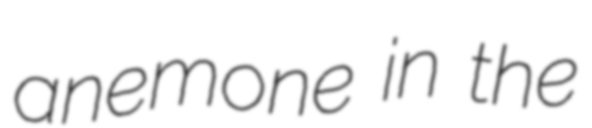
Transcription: anemone in the